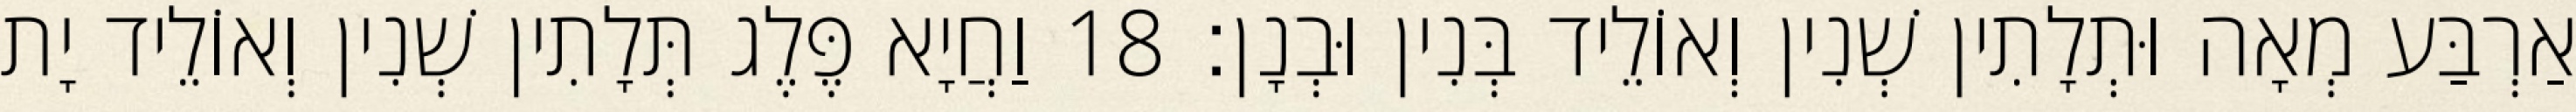
אַרְבַּע מְאָה וּתְלָתִין שְׁנִין וְאוֹלֵיד בְּנִין וּבְנָן׃ 18 וַחֲיָא פֶּלֶג תְּלָתִין שְׁנִין וְאוֹלֵיד יָת